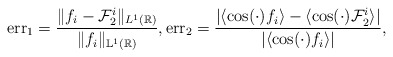
\begin{align*}\mathrm{err}_1=\frac{\|f_i-\mathcal{F}^i_2\|_{{L}^1(\mathbb{R})}}{\|f_i\|_{\mathbb{L}^1(\mathbb{R})}},\mathrm{err}_2=\frac{|\langle \cos(\cdot) f_i\rangle- \langle\cos(\cdot)\mathcal{F}^i_2\rangle|}{|\langle \cos(\cdot)f_i\rangle|},\end{align*}